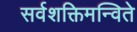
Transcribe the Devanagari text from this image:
सर्वशक्तिमन्विते